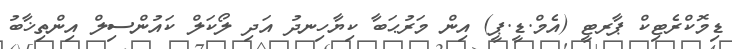
ޑިމޮކްރެޓިކް ޕާރޓީ (އެމް.ޑީ.ޕީ) އިން މަރުޙަބާ ކިޔާހިނދު އަދި ލޯކަލް ކައުންސިލް އިންތިޚާބު